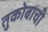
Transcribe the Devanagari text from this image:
तुकोबाची